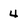
Character: 4